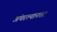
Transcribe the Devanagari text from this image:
अंथरल्यानंतर